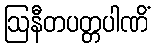
ဩနီတပတ္တပါဏိံ